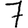
Digit: 7